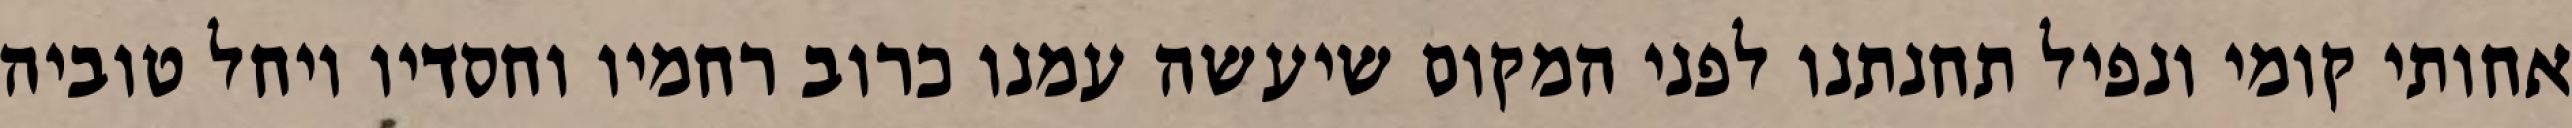
אחותי קומי ונפיל תחנתנו לפני המקום שיעשה עמנו כרוב רחמיו וחסדיו ויחל טוביה